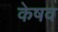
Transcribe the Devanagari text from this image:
केषव